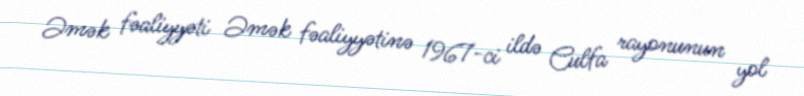
Əmək fəaliyyəti Əmək fəaliyyətinə 1967-ci ildə Culfa rayonunun yol